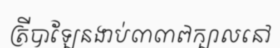
ត្រីបាឡែនងាប់៣៣៧ក្បាលនៅ